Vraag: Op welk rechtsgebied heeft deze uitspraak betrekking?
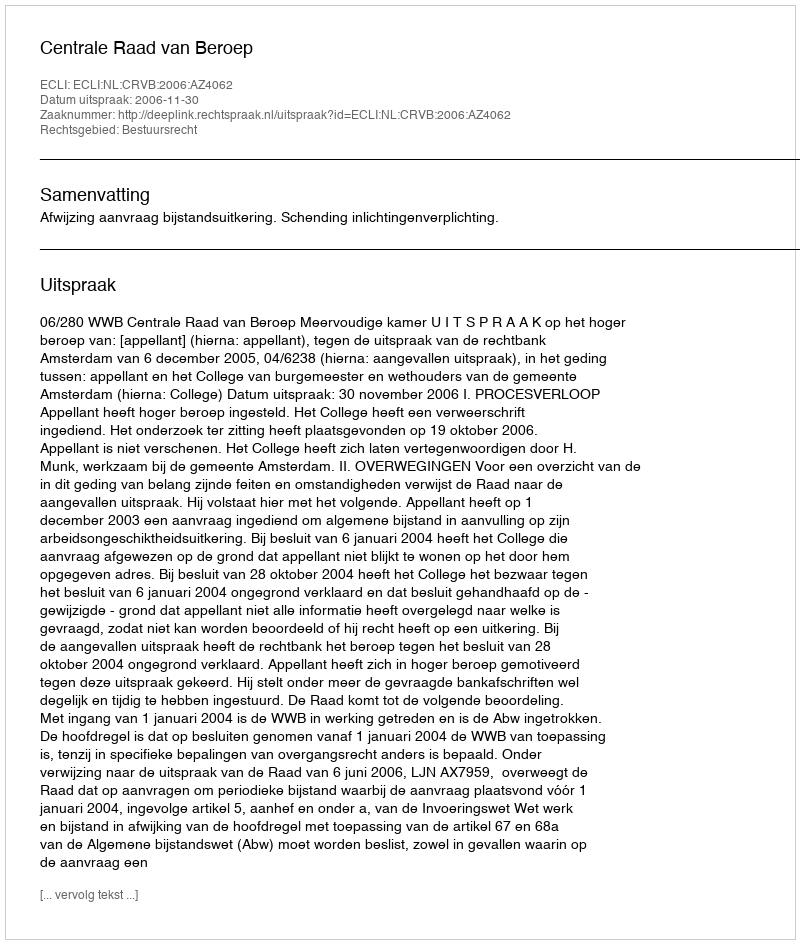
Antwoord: Bestuursrecht